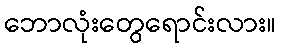
ဘောလုံးတွေရောင်းလား။